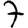
Digit: 7